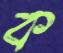
ক